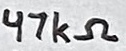
Text: 47kΩ